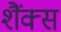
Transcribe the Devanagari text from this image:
शैंक्स